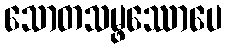
သောတသမ္ဖဿောပေ